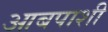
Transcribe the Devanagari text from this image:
आबपाशी